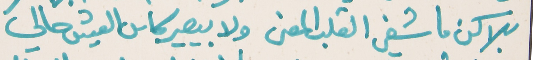
بلاكن ما شفي القلب المعنى   ولا بيصير كاس العيش حالي